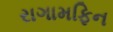
રાગામફિન